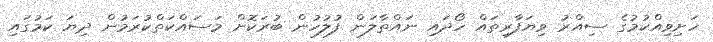
ހަށިވިއްކުމުގެ ސިއްރު ވިޔަފާރިތައް ހޯދައި ނައްތާލަން ފުލުހުން ބުރަކޮށް މަސައްކަތްކުރަމުން ދިޔަ ކަމުގައި